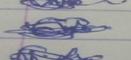
Signature authenticity: genuine